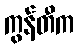
ကွန်တီက